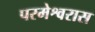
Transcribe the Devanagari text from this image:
परमेश्वरास